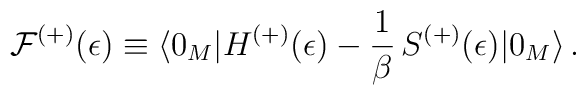
{\cal F}^{(+)}(\epsilon)\equiv \langle 0_M|H^{(+)} (\epsilon)  -\frac{1}{\beta} \, S^{(+)}(\epsilon)|0_M\rangle \,{.}